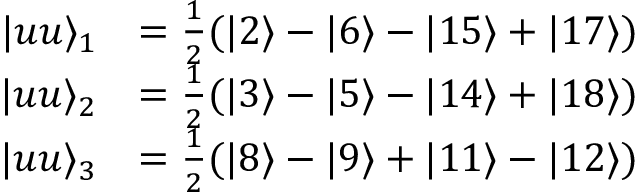
\begin{array} { r l } { \vert u u \rangle _ { 1 } } & { = \frac { 1 } { 2 } ( \vert 2 \rangle - \vert 6 \rangle - \vert 1 5 \rangle + \vert 1 7 \rangle ) } \\ { \vert u u \rangle _ { 2 } } & { = \frac { 1 } { 2 } ( \vert 3 \rangle - \vert 5 \rangle - \vert 1 4 \rangle + \vert 1 8 \rangle ) } \\ { \vert u u \rangle _ { 3 } } & { = \frac { 1 } { 2 } ( \vert 8 \rangle - \vert 9 \rangle + \vert 1 1 \rangle - \vert 1 2 \rangle ) } \end{array}